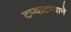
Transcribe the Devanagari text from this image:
टप्याटप्याने